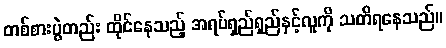
တစ်စားပွဲတည်း ထိုင်နေသည့် အရပ်ရှည်ရှည်နှင့်လူကို သတိရနေသည်။